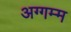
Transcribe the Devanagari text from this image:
अग्गम्म